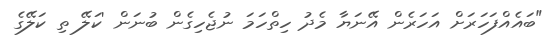
"ބައެއްފަހަރަށް އަހަރެން އޭނަޔާ މެދު ހިތްހަމަ ނުޖެހިގެން ބުނަން 'ކަލޭ ތި ކަލޭގެ